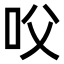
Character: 㕮